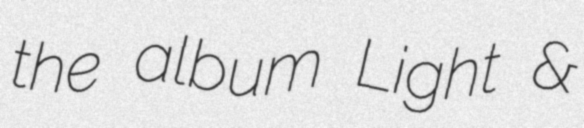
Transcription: the album Light &